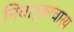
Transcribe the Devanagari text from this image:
निंवार्काचार्य